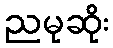
ညမုဆိုး